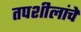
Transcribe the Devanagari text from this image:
तपशीलांचे